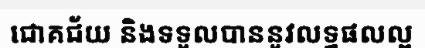
ជោគជ័យ និងទទួលបាននូវលទ្ធផលល្អ